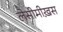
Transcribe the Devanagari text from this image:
लेसीमीख़स